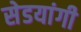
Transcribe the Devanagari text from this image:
सेडयांगी